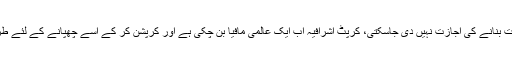
ان کا کہنا تھا کہ قوموں کولوٹ کردولت بنانے کی اجازت نہیں دی جاسکتی، کرپٹ اشرافیہ اب ایک عالمی مافیا بن چکی ہے اور کرپشن کر کے اسے چھپانے کے لئے طرح طرح کے جھوٹ بولے جاتے ہیں۔